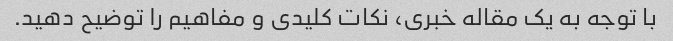
با توجه به یک مقاله خبری، نکات کلیدی و مفاهیم را توضیح دهید.